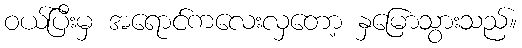
ဝယ်ပြီးမှ အရောင်ကလေးလှတော့ နှမြောသွားသည်။